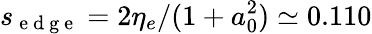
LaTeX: s_{\mathrm{~e~d~g~e~}}=2\eta_{e}/(1+a_{0}^{2})\simeq 0.110